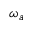
\omega _ { a }